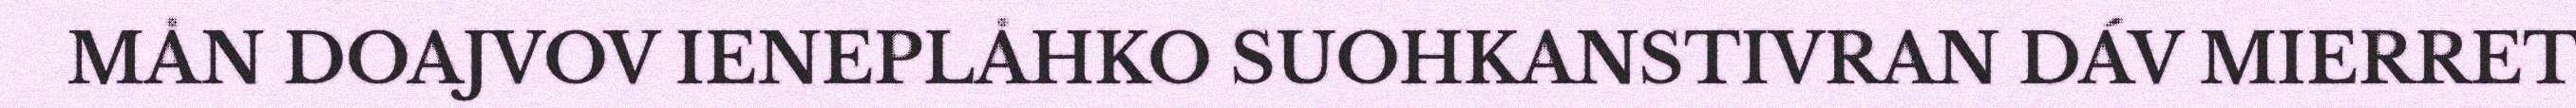
MÅN DOAJVOV IENEPLÅHKO SUOHKANSTIVRAN DÁV MIERRET